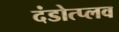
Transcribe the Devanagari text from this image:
दंडोत्प्लव